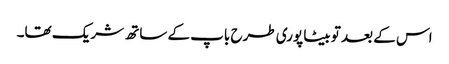
اس کے بعد تو بیٹا پوری طرح باپ کے ساتھ شریک تھا۔